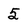
Character: 5